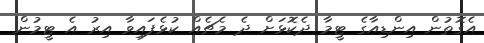
އެގޮތުން އިންޑިއާގެ ޓީމާ ދެކޮޅަށް ދެ މެޗެެއް ކުޅެފައިވާ އިރު އެ ޓީމުން